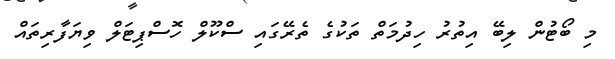
މި ބޯޓުން ލިބޭ އިތުރު ހިދުމަތް ތަކުގެ ތެރޭގައި ސްކޫލް ހޮސްޕިޓަލް ވިޔަފާރިތައް